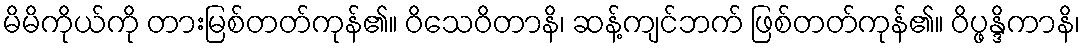
မိမိကိုယ်ကို တားမြစ်တတ်ကုန်၏။ ဝိသေဝိတာနိ၊ ဆန့်ကျင်ဘက် ဖြစ်တတ်ကုန်၏။ ဝိပ္ဖန္ဒိကာနိ၊